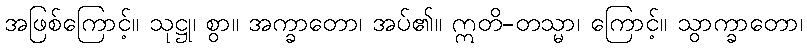
အဖြစ်ကြောင့်။ သုဋ္ဌု၊ စွာ။ အက္ခာတော၊ အပ်၏။ ဣတိ-တသ္မာ၊ ကြောင့်။ သွာက္ခာတော၊